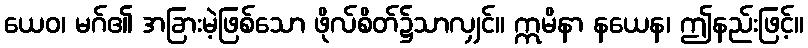
ယေဝ၊ မဂ်၏ အခြားမဲ့ဖြစ်သော ဖိုလ်စိတ်၌သာလျှင်။ ဣမိနာ နယေန၊ ဤနည်းဖြင့်။